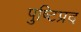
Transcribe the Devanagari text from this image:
पुष्टिप्रद